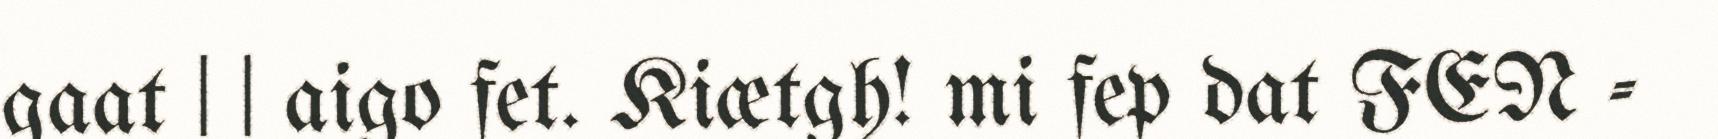
gaat | | aigo fet. Kiætgh! mi fep dat FEN -